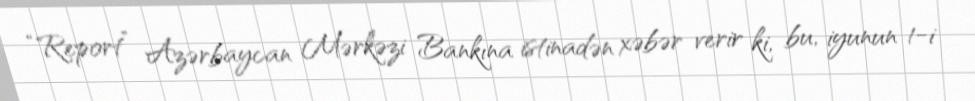
“Report” Azərbaycan Mərkəzi Bankına istinadən xəbər verir ki, bu, iyunun 1-i